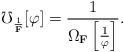
LaTeX: \begin{align*} \mho_{\frac1{\mathbf{F}}}[\varphi]= \frac1{\Omega_\mathbf{F}\left[\frac1\varphi\right]}. \end{align*}